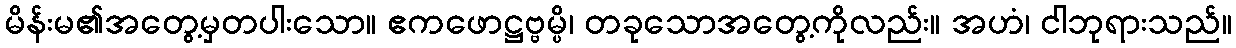
မိန်းမ၏အတွေ့မှတပါးသော။ ဧကဖောဋ္ဌဗ္ဗမ္ပိ၊ တခုသောအတွေ့ကိုလည်း။ အဟံ၊ ငါဘုရားသည်။